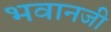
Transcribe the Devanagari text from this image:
भवानजी